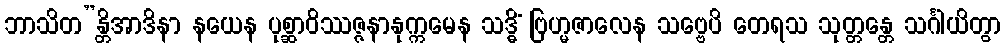
ဘာသိတ”န္တိအာဒိနာ နယေန ပုစ္ဆာဝိဿဇ္ဇနာနုက္ကမေန သဒ္ဓိံ ဗြဟ္မဇာလေန သဗ္ဗေပိ တေရသ သုတ္တန္တေ သင်္ဂါယိတွာ